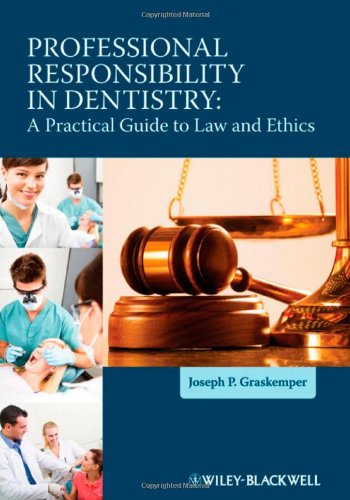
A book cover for Professional Responsibility in Dentistry: A Practical Guide to Law and Ethics; Joseph P. Graskemper; Law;